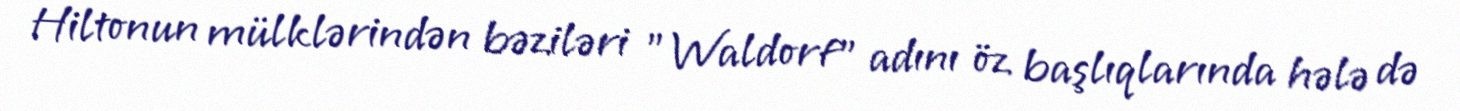
Hiltonun mülklərindən bəziləri "Waldorf" adını öz başlıqlarında hələ də